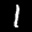
Label: 1